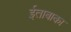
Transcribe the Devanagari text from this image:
ईताबाका